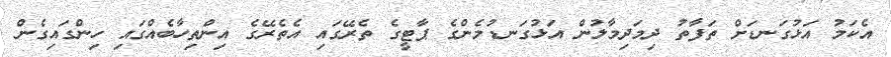
އެކަމު އަޅުގަނޑަށް ތަފާތު ދިމަދިމާލުން އަޅުގަނޑުމެންގެ ޕާޓީގެ ތެރޭގައި އެތެރޭގެ އިންތިހާބެއްގައި ހިންގައިގެން